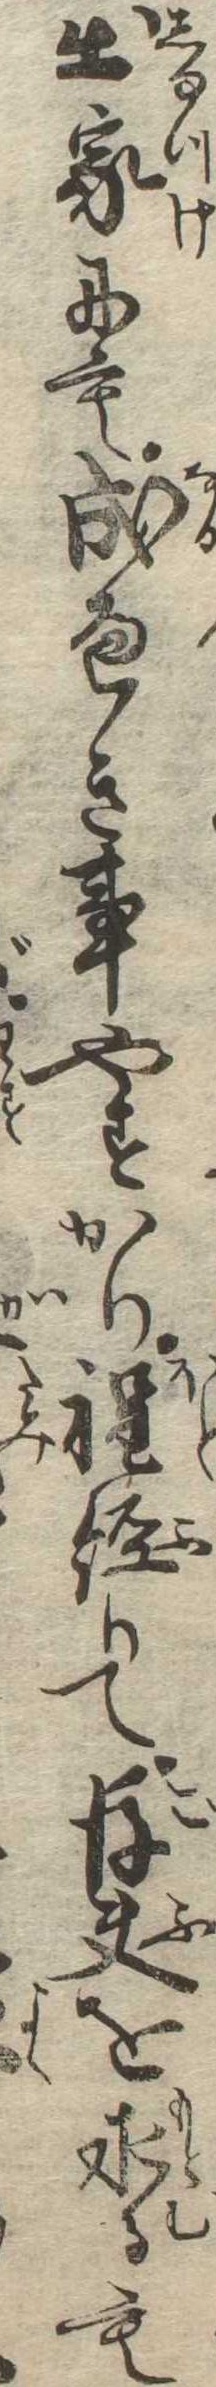
出家にも成へき事やすかり程経りて後夫を求るも